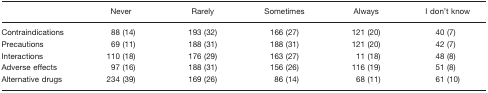
<table><thead><tr><td></td><td><b>Never</b></td><td><b>Rarely</b></td><td><b>Sometimes</b></td><td><b>Always</b></td><td><b>I don&#x27;t know</b></td></tr></thead><tbody><tr><td>Contraindications</td><td>88 (14)</td><td>193 (32)</td><td>166 (27)</td><td>121 (20)</td><td>40 (7)</td></tr><tr><td>Precautions</td><td>69 (11)</td><td>188 (31)</td><td>188 (31)</td><td>121 (20)</td><td>42 (7)</td></tr><tr><td>Interactions</td><td>110 (18)</td><td>176 (29)</td><td>163 (27)</td><td>11 (18)</td><td>48 (8)</td></tr><tr><td>Adverse effects</td><td>97 (16)</td><td>188 (31)</td><td>156 (26)</td><td>116 (19)</td><td>51 (8)</td></tr><tr><td>Alternative drugs</td><td>234 (39)</td><td>169 (26)</td><td>86 (14)</td><td>68 (11)</td><td>61 (10)</td></tr></tbody></table>